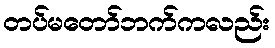
တပ်မတော်ဘက်ကလည်း